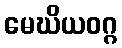
မေဃိယဝဂ္ဂ